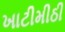
ખાટીમીઠી